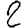
Digit: 2